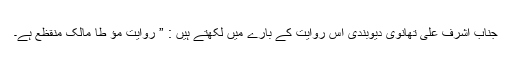
جناب اشرف علی تھانوی دیوبندی اس روایت کے بارے میں لکھتے ہیں : ” روایتِ مؤ طا مالک منقظع ہے۔